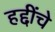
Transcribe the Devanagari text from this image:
हद्दींचे